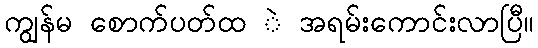
ကျွန်မ စောက်ပတ်ထ ဲ အရမ်းကောင်းလာပြီ။